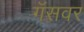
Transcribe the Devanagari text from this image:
गॅसवर